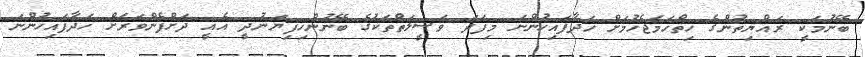
ބޭނުމަކީ ރައްޔިތުންގެ ހިތްހަމަޖެހުމަށް ހަދާފައިހުންނަ މިފަދަ ވަސީލަތްތަކުގެ ބޭނުންހިފިޔަނުދީ އެއީ ދަށްފެންވަރަށް ހަދާފައިހުންނަ